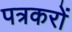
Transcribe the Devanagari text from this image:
पत्रकरों